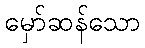
မှော်ဆန်သော